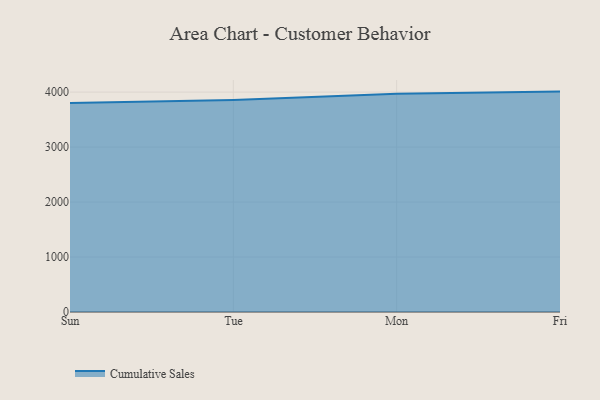
{"axis": {"x": "Day", "y": "Waste Production (Tons)"}, "legend": ["Cumulative Sales"], "data": [{"x": "Sun", "y": 3801.8, "type": "Cumulative Sales"}, {"x": "Tue", "y": 3856.7, "type": "Cumulative Sales"}, {"x": "Mon", "y": 3969.1, "type": "Cumulative Sales"}, {"x": "Fri", "y": 4009.1, "type": "Cumulative Sales"}]}